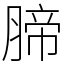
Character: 腣